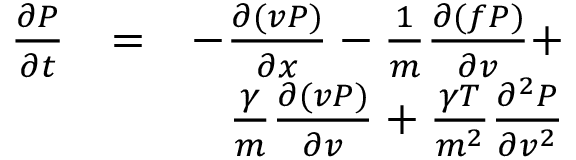
\begin{array} { r l r } { { \frac { \partial P } { \partial t } } } & { = } & { - { \frac { \partial ( v P ) } { \partial x } } - { \frac { 1 } { m } } { \frac { \partial ( f P ) } { \partial v } } + } \\ & { } & { { \frac { \gamma } { m } } { \frac { \partial ( v P ) } { \partial v } } + { \frac { \gamma T } { m ^ { 2 } } } { \frac { \partial ^ { 2 } P } { \partial v ^ { 2 } } } } \end{array}